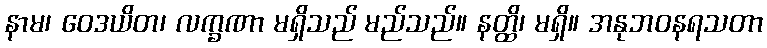
နာမ၊ ဝေဒယိတ၊ လက္ခဏာ မရှိသည် မည်သည်။ နတ္ထိ၊ မရှိ။ အနုဘဝနရသတာ